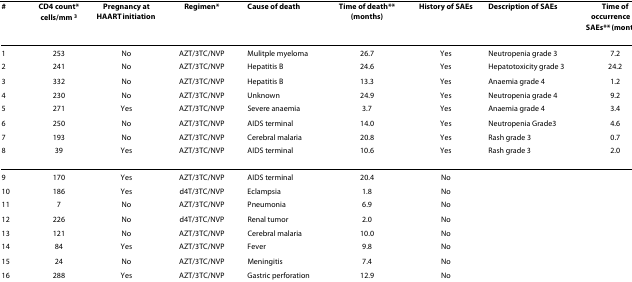
| # | CD4 count* cells/mm 3 | Pregnancy at HAART initiation | Regimen* | Cause of death | Time of death** (months) | History of SAEs | Description of SAEs | Time of occurrence of SAEs** (months) |
 | --- | --- | --- | --- | --- | --- | --- | --- | --- |
 | 1 | 253 | No | AZT/3TC/NVP | Mulitple myeloma | 26.7 | Yes | Neutropenia grade 3 | 7.2 |
 | 2 | 241 | No | AZT/3TC/NVP | Hepatitis B | 24.6 | Yes | Hepatotoxicity grade 3 | 24.2 |
 | 3 | 332 | No | AZT/3TC/NVP | Hepatitis B | 13.3 | Yes | Anaemia grade 4 | 1.2 |
 | 4 | 230 | No | AZT/3TC/NVP | Unknown | 24.9 | Yes | Neutropenia grade 4 | 9.2 |
 | 5 | 271 | Yes | AZT/3TC/NVP | Severe anaemia | 3.7 | Yes | Anaemia grade 4 | 3.4 |
 | 6 | 250 | No | AZT/3TC/NVP | AIDS terminal | 14.0 | Yes | Neutropenia Grade3 | 4.6 |
 | 7 | 193 | No | AZT/3TC/NVP | Cerebral malaria | 20.8 | Yes | Rash grade 3 | 0.7 |
 | 8 | 39 | Yes | AZT/3TC/NVP | AIDS terminal | 10.6 | Yes | Rash grade 3 | 2.0 |
 | 9 | 170 | Yes | AZT/3TC/NVP | AIDS terminal | 20.4 | No |  |  |
 | 10 | 186 | Yes | d4T/3TC/NVP | Eclampsia | 1.8 | No |  |  |
 | 11 | 7 | No | AZT/3TC/NVP | Pneumonia | 6.9 | No |  |  |
 | 12 | 226 | No | d4T/3TC/NVP | Renal tumor | 2.0 | No |  |  |
 | 13 | 121 | No | AZT/3TC/NVP | Cerebral malaria | 10.0 | No |  |  |
 | 14 | 84 | Yes | AZT/3TC/NVP | Fever | 9.8 | No |  |  |
 | 15 | 24 | No | AZT/3TC/NVP | Meningitis | 7.4 | No |  |  |
 | 16 | 288 | Yes | AZT/3TC/NVP | Gastric perforation | 12.9 | No |  |  |